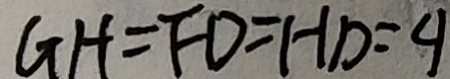
G H = F D = H D = 4